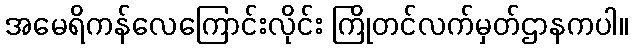
အမေရိကန်လေကြောင်းလိုင်း ကြိုတင်လက်မှတ်ဌာနကပါ။